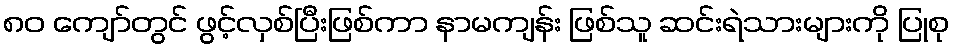
၈၀ ကျော်တွင် ဖွင့်လှစ်ပြီးဖြစ်ကာ နာမကျန်း ဖြစ်သူ ဆင်းရဲသားများကို ပြုစု